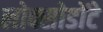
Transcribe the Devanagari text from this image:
लोक्सोडोंटे